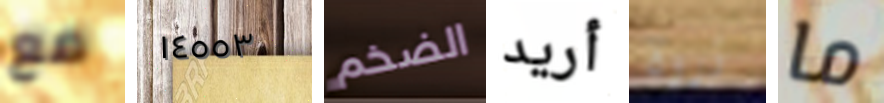
مع ١٤٥٥٣ الضخم أريد ذروة ما